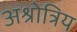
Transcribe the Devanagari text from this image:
अश्रोत्रिय